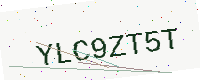
Text: YLC9ZT5T